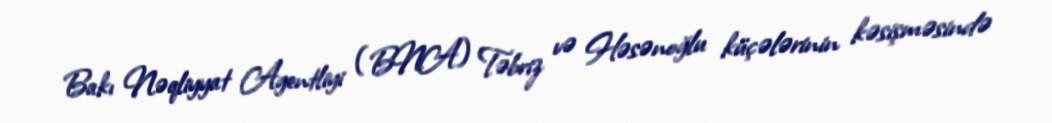
Bakı Nəqliyyat Agentliyi (BNA) Təbriz və Həsənoğlu küçələrinin kəsişməsində